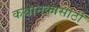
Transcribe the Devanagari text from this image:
कथानकासाठी